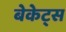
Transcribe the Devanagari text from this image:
बेकेट्स